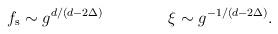
LaTeX: \begin{align*}f_{\rm s} \sim g^{d/(d-2\Delta)} \qquad \qquad\xi \sim g^{-1/(d-2\Delta)}.\end{align*}